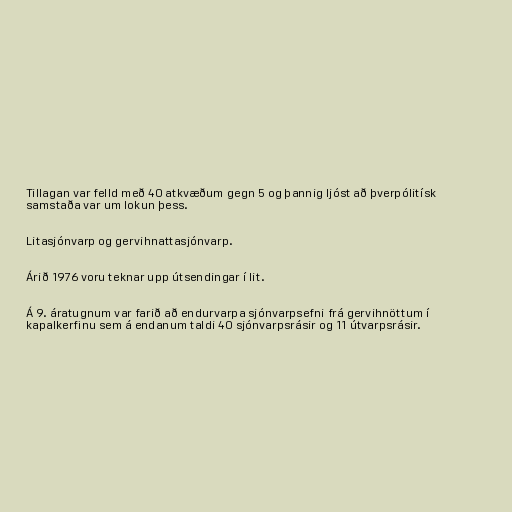
Tillagan var felld með 40 atkvæðum gegn 5 og þannig ljóst að þverpólitísk
samstaða var um lokun þess.

Litasjónvarp og gervihnattasjónvarp.

Árið 1976 voru teknar upp útsendingar í lit.

Á 9. áratugnum var farið að endurvarpa sjónvarpsefni frá gervihnöttum í
kapalkerfinu sem á endanum taldi 40 sjónvarpsrásir og 11 útvarpsrásir.